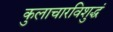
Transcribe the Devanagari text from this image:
कुलाचारविशुद्धं